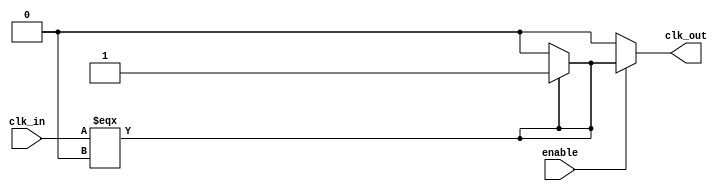
module low_power_clock_buffer (
    input wire clk_in,          // Input clock signal
    input wire enable,          // Enable signal for the buffer
    output reg clk_out          // Output clock signal
);

    // Parameters for configurable drive strength and delay characteristics
    parameter DRIVE_STRENGTH = 3; // Example: 1 (low), 2 (medium), 3 (high)
    parameter PROP_DELAY = 2; // Propagation delay in ns

    // Internal signals
    wire clk_buf;

    // Input Stage: Using a simple inverter with hysteresis characteristics
    wire clk_in_hyst;
    assign clk_in_hyst = (clk_in === 1'b0) ? 1'b0 : 1'b1; // Simple buffer for demonstration

    // Buffering Stage: Multiple inverters to form the clock buffer
    // Adjust the number of inverters based on DRIVE_STRENGTH if needed
    generate
        genvar i;
        for (i = 0; i < DRIVE_STRENGTH; i = i + 1) begin: buffer_stage
            if (i == 0) begin
                assign clk_buf = clk_in_hyst;
            end else begin
                assign clk_buf = ~clk_buf; // Inversion to buffer the signal
            end
        end
    endgenerate

    // Output Stage: Provides the necessary output swing
    always @(*) begin
        if(enable) begin
            #PROP_DELAY clk_out = clk_buf; // Enable output with propagation delay
        end else begin
            clk_out = 1'b0; // Drive the output low when disabled
        end
    end

endmodule